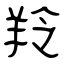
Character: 羚